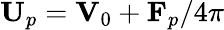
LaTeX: \mathbf{U}_{p}=\mathbf{V}_{0}+\mathbf{F}_{p}/4\pi